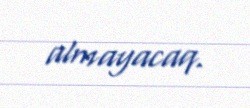
almayacaq.